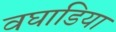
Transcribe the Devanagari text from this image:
वघाडिया